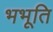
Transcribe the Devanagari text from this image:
भभूति